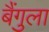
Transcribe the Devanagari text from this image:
बैंगुला